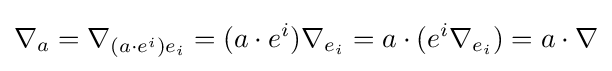
\nabla _{a}=\nabla _{(a\cdot e^{i})e_{i}}=(a\cdot e^{i})\nabla _{e_{i}}=a\cdot (e^{i}\nabla _{e_{i}})=a\cdot \nabla